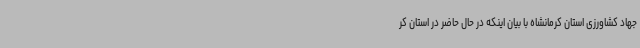
جهاد کشاورزی استان کرمانشاه با بیان اینکه در حال حاضر در استان کر